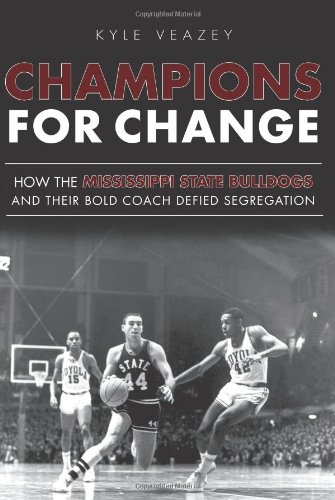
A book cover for Champions For Change:: How the Mississippi State Bulldogs and Their Bold Coach Defied Segregation (Sports); Kyle Veazey; Sports & Outdoors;